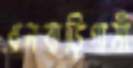
ধনবাড়িগামী